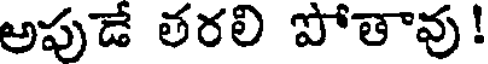
అపుడే తరలి పోతావు!